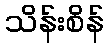
သိန်းစိန်